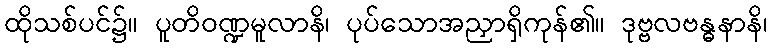
ထိုသစ်ပင်၌။ ပူတိဝဏ္ဍမူလာနိ၊ ပုပ်သောအညှာရှိကုန်၏။ ဒုဗ္ဗလဗန္ဓနာနိ၊